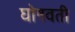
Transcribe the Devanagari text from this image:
घोषवती